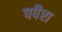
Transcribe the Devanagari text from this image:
पपैरा